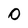
Character: 0